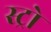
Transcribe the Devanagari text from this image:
स्ट्रो